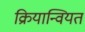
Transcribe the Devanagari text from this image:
क्रियान्वियत